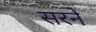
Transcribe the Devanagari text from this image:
सरने